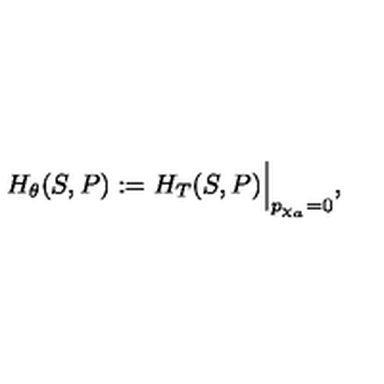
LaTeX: H _ { \theta } ( S , P ) : = H _ { T } ( S , P ) \Bigl \vert _ { p _ { \chi _ { a } } = 0 } ,